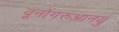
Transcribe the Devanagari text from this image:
वूनोंगरुआनयु